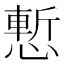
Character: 慙